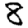
Digit: 8